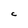
Character: C